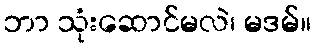
ဘာ သုံးဆောင်မလဲ၊ မဒမ်။